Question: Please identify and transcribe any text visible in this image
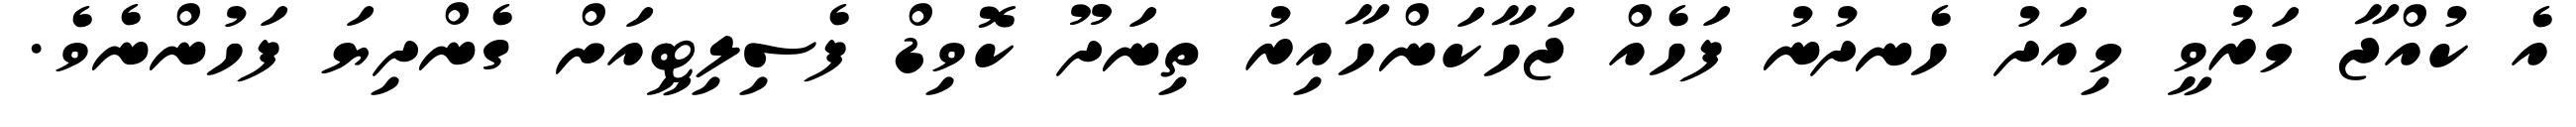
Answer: އެ ކުއްޖާ މަރުވީ މިއަދު ހެނދުނު ފަހެއް ޖަހާކަންހާއިރު ތިނަދޫ ކޮވިޑް ފެސިލިޓީއަށް ގެންދިޔަ ފަހުންނެވެ.